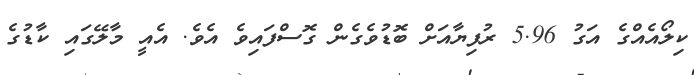
ކިލޯއެއްގެ އަގު 5.96 ރުފިޔާއަށް ބޮޑުވެގެން ގޮސްފައިވެ އެވެ. އެއީ މާލޭގައި ކާޑުގެ